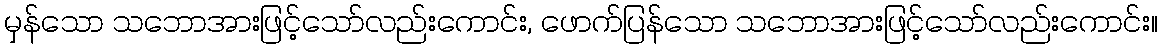
မှန်သော သဘောအားဖြင့်သော်လည်းကောင်း, ဖောက်ပြန်သော သဘောအားဖြင့်သော်လည်းကောင်း။